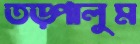
তড়্‌পালুম